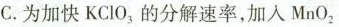
C.为加快KCLO_{3}的分解速率，加入MnO_{2}